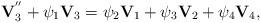
LaTeX: \begin{align*}\mathbf{V}_{3}^{^{\prime \prime }}+\psi _{1}\mathbf{V}_{3}=\psi _{2}\mathbf{V}_{1}+\psi _{3}\mathbf{V}_{2}+\psi _{4}\mathbf{V}_{4},\end{align*}